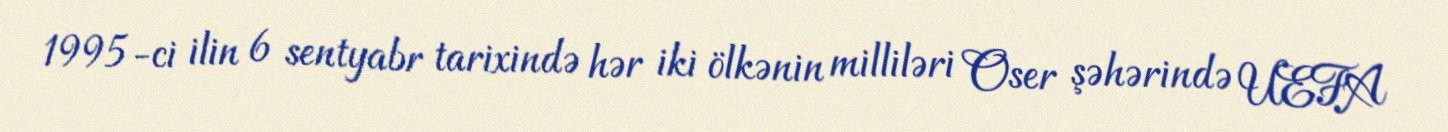
1995-ci ilin 6 sentyabr tarixində hər iki ölkənin milliləri Oser şəhərində UEFA